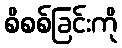
စိစစ်ခြင်းကို